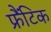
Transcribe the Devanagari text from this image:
फ्रैंटिक